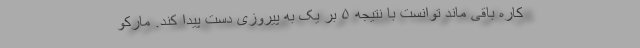
کاره باقی ماند توانست با نتیجه ۵ بر یک به پیروزی دست پیدا کند. مارکو